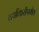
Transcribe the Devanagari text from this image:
तपकिरीपर्यंत